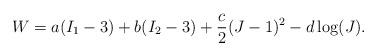
LaTeX: \begin{align*} W=a(I_1-3)+b(I_2-3)+\frac{c}{2}(J-1)^2-d\log(J).\end{align*}